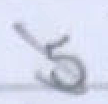
Text: 5
Cross-out: diagonal
Writing tool: pencil